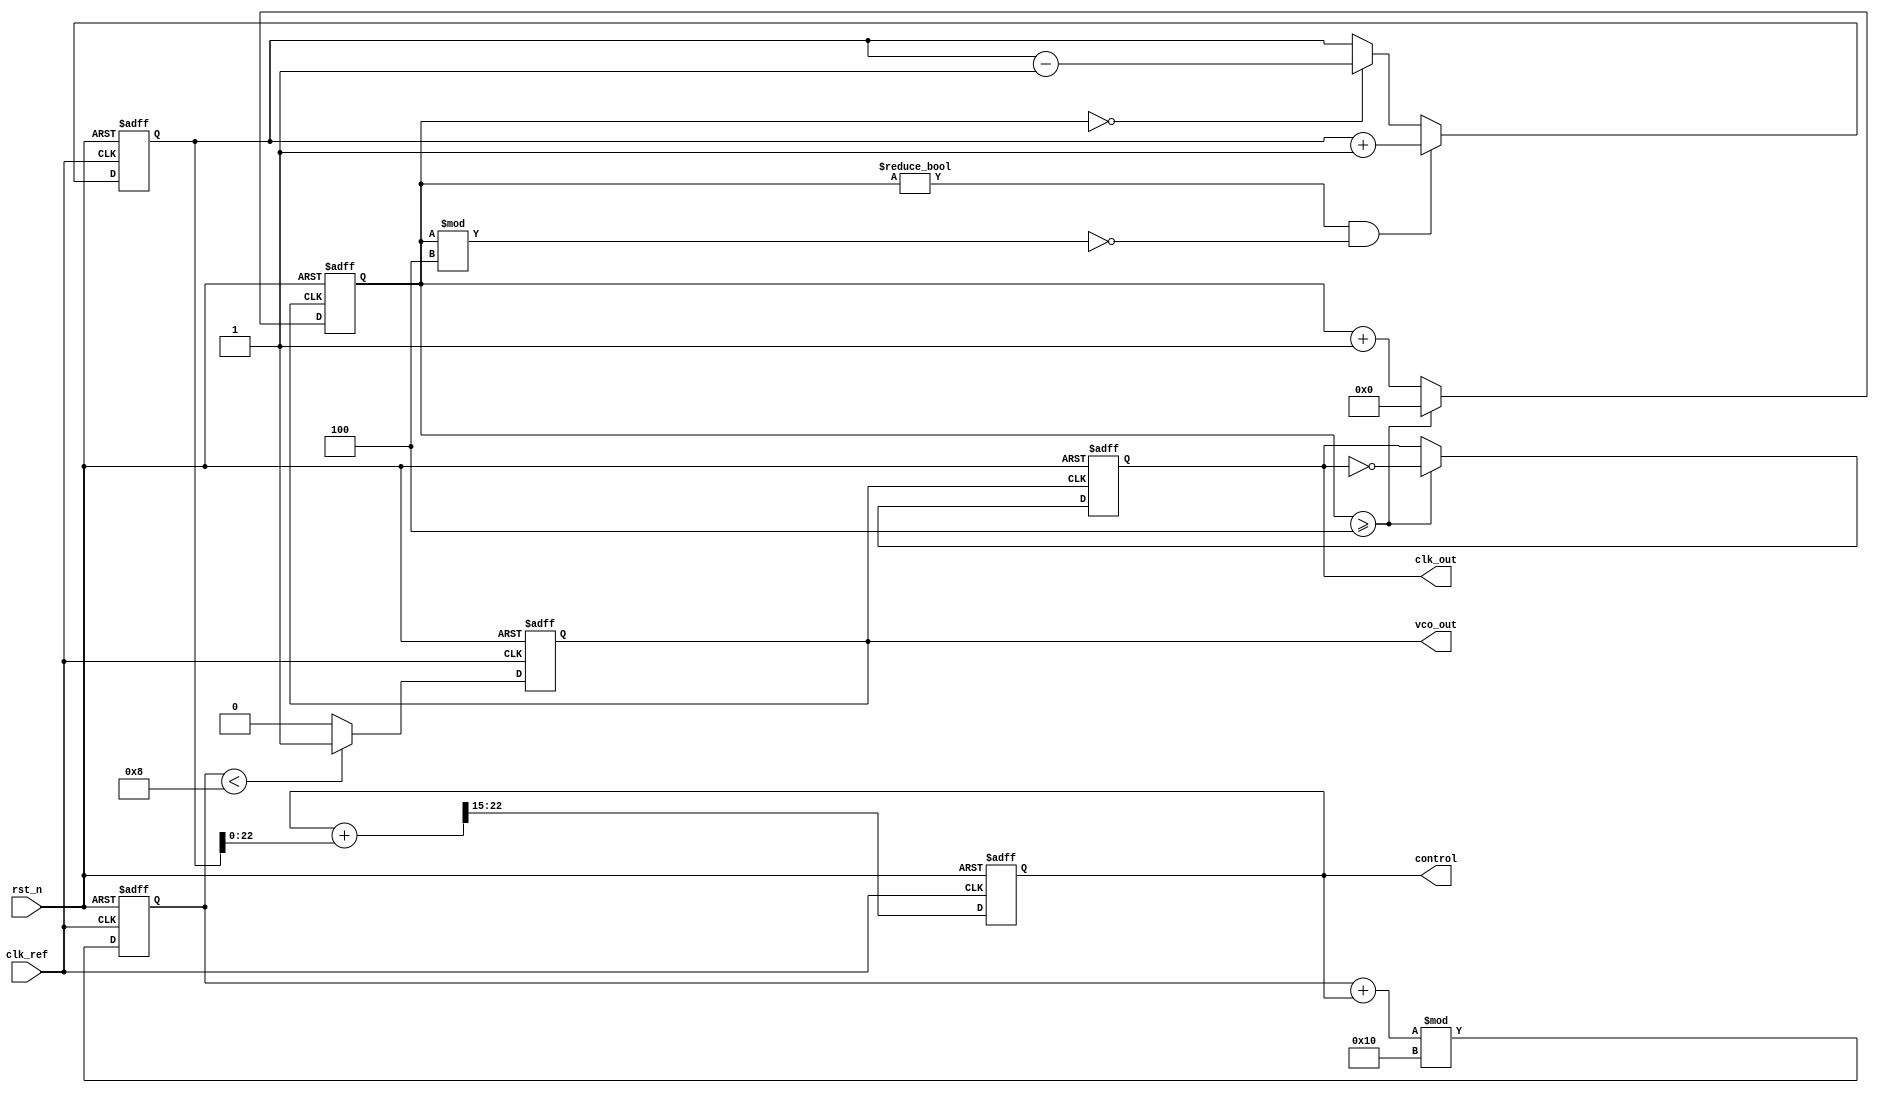
module low_jitter_pll (
    input wire clk_ref,        // Reference input clock
    input wire rst_n,         // Active low reset
    output reg clk_out,       // Output clock
    output reg vco_out,       // VCO output clock
    output reg [7:0] control  // Control voltage for VCO (simplified)
);
    // Parameters
    parameter DIV_RATIO = 4;  // Frequency division factor
    parameter LOOP_FILTER_CONST = 8'h0F; // Loop filter constant (for simplicity)

    // Internal signals
    reg [31:0] phase_error;    // Phase error signal
    reg [31:0] vco_counter;     // VCO frequency divider counter
    reg [31:0] feedback_counter; // Feedback counter from VCO
    reg vco_enable;             // VCO enable signal

    // Phase Detector (PD)
    always @(posedge clk_ref or negedge rst_n) begin
        if (!rst_n) begin
            phase_error <= 0;
        end else begin
            // Simplified phase detection: just checking if VCO feedback is in sync
            if (feedback_counter != 0 && feedback_counter % DIV_RATIO == 0) begin
                phase_error <= phase_error + 1; // Increase error if out of sync
            end else if (feedback_counter == 0) begin
                phase_error <= phase_error - 1; // Decrease error if in sync
            end
        end
    end

    // Loop Filter (LF)
    always @(posedge clk_ref or negedge rst_n) begin
        if (!rst_n)
            control <= 8'b0; // Reset control voltage
        else
            control <= (control + phase_error) >> LOOP_FILTER_CONST; // Simple filter operation
    end

    // Voltage-Controlled Oscillator (VCO)
    always @(posedge clk_ref or negedge rst_n) begin
        if (!rst_n) begin
            vco_counter <= 0;
            vco_out <= 0;
        end else begin
            // VCO frequency based on control voltage
            vco_counter <= (vco_counter + control) % 16; // Simple example: 16 possible frequencies
            vco_out <= (vco_counter < 8) ? 1 : 0; // Output VCO clock based on counter
        end
    end

    // Frequency Divider (FD)
    always @(posedge vco_out or negedge rst_n) begin
        if (!rst_n) begin
            feedback_counter <= 0;
            clk_out <= 0;
        end else begin
            feedback_counter <= feedback_counter + 1;
            if (feedback_counter >= DIV_RATIO) begin
                clk_out <= ~clk_out; // Divide frequency of VCO output clock
                feedback_counter <= 0; // Reset feedback counter
            end
        end
    end
endmodule